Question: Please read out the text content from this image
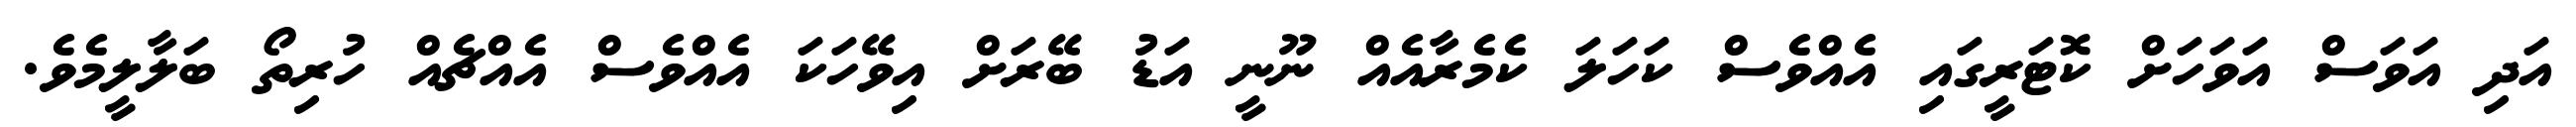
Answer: އަދި އަވަސް އަވަހަށް ކޮޓަރީގައި އެއްވެސް ކަހަލަ ކެމެރާއެއް ނޫނީ އަޑު ބޭރަށް އިވޭހަކަ އެއްވެސް އެއްޗެއް ހުރިތޯ ބަލާލީމެވެ.